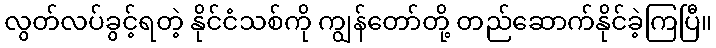
လွတ်လပ်ခွင့်ရတဲ့ နိုင်ငံသစ်ကို ကျွန်တော်တို့ တည်ဆောက်နိုင်ခဲ့ကြပြီ။